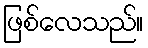
ဖြစ်လေသည်။